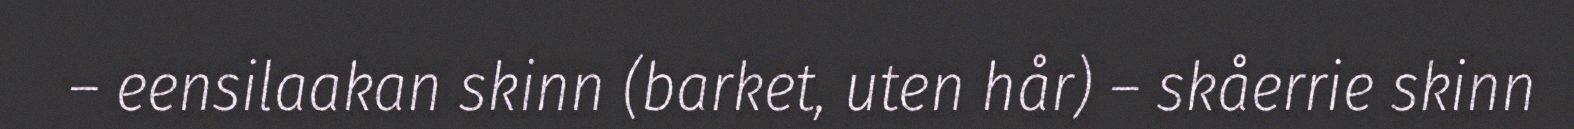
– eensilaakan skinn (barket, uten hår) – skåerrie skinn